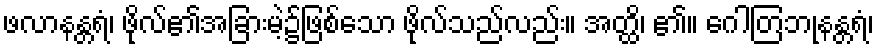
ဖလာနန္တရံ၊ ဖိုလ်၏အခြားမဲ့၌ဖြစ်သော ဖိုလ်သည်လည်း။ အတ္ထိ၊ ၏။ ဂေါတြဘုနန္တရံ၊